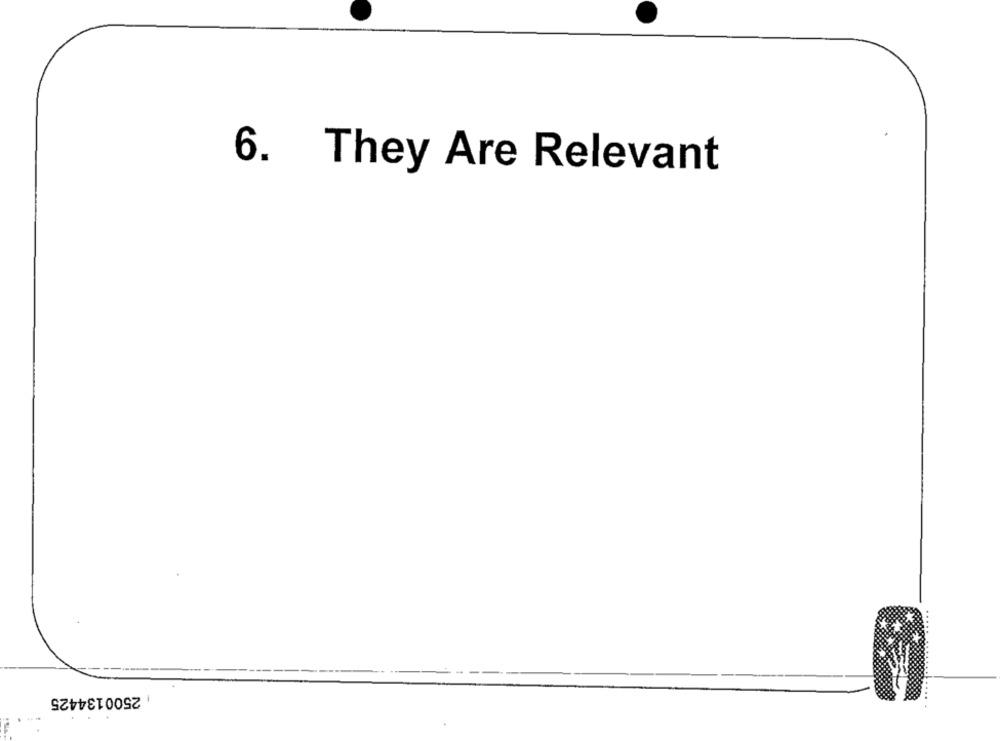
6. They Are Relevant
...
2500134425